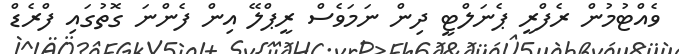
ވެއްޓުމުން ރެފްރީ ޕެނަލްޓީ ދިން ނަމަވެސް ރީޕްލޭ އިން ފެންނަ ގޮތުގައި ފްރެޑް